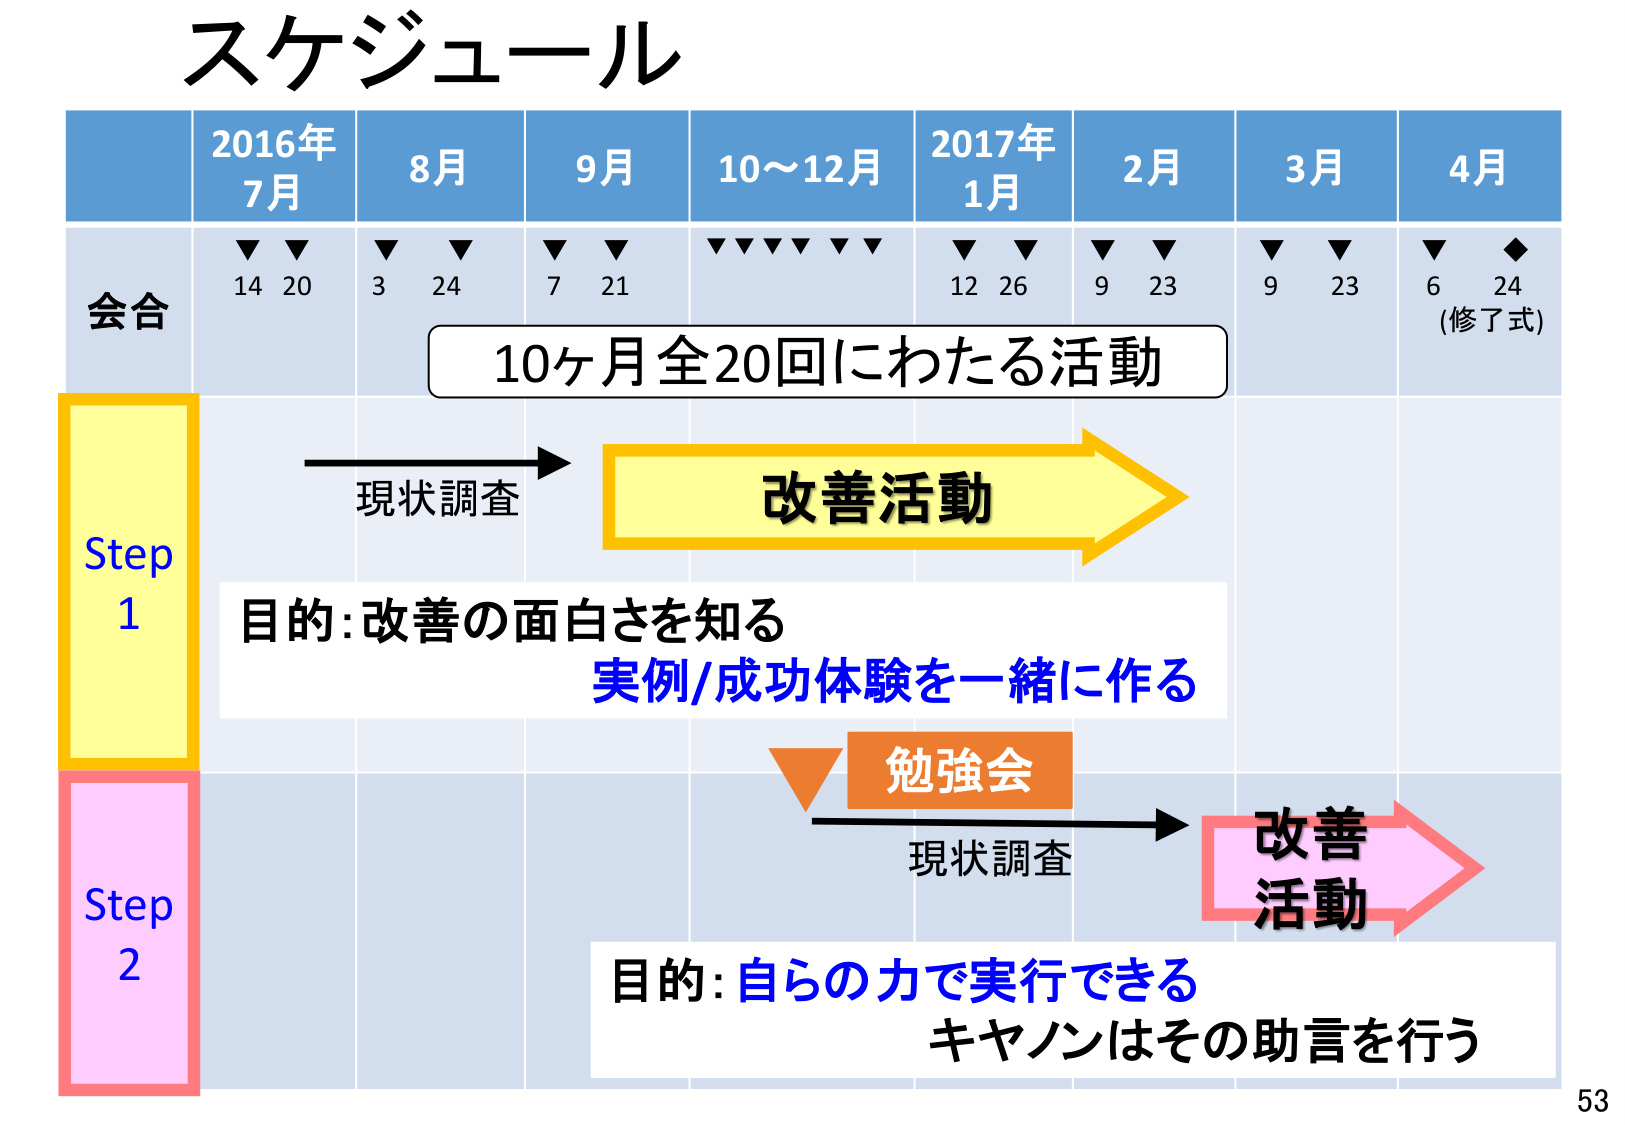
スケジュール
2016年
7月
8月
9月
10～12月
2017年
1月
2月
3月
4月
会合
▼ ▼
14 20
▼ ▼
3 24
▼ ▼
7 21
▼▼▼▼▼▼
12 26
▼ ▼
9 23
▼ ▼
9 23
▼ ◆
6 24
(修了式)
10ヶ月全20回にわたる活動
Step 1
現状調査
改善活動
目的：改善の面白さを知る
実例/成功体験を一緒に作る
Step 2
勉強会
現状調査
改善
活動
目的：自らの力で実行できる
キヤノンはその助言を行う
53